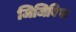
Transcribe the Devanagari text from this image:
जिजिविषा